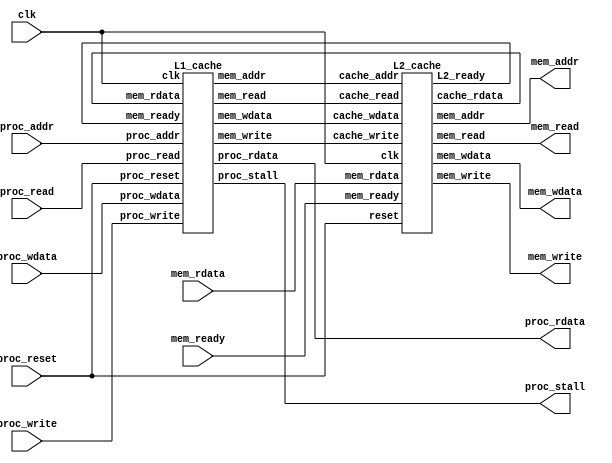
module cache(
    clk,
    proc_reset,
    proc_read,
    proc_write,
    proc_addr,
    proc_rdata,
    proc_wdata,
    proc_stall,
    mem_read,
    mem_write,
    mem_addr,
    mem_rdata,
    mem_wdata,
    mem_ready
);
//==== input/output definition ============================
    input          clk;
    // processor interface
    input          proc_reset;
    input          proc_read, proc_write;
    input   [29:0] proc_addr;
    input   [31:0] proc_wdata;
    output         proc_stall;
    output  [31:0] proc_rdata;
    // memory interface
    input  [127:0] mem_rdata;
    input          mem_ready;
    output         mem_read, mem_write;
    output  [27:0] mem_addr;
    output [127:0] mem_wdata;

//==== wire/reg definition ================================
    wire           L1_read, L1_write;
    wire    [27:0] L1_addr;
    wire   [127:0] L1_wdata;
    wire           L1_ready;
    wire   [127:0] L1_rdata;
    wire           L2_read, L2_write;
    wire    [27:0] L2_addr;
    wire   [127:0] L2_wdata;
    wire           L2_ready;
    wire   [127:0] L2_rdata;

//==== combinational circuit ==============================
    L1_cache L1 (   .clk            (clk)           ,
                    .proc_reset     (proc_reset)    ,
                    .proc_read      (proc_read)     ,
                    .proc_write     (proc_write)    ,
                    .proc_addr      (proc_addr)     ,
                    .proc_rdata     (proc_rdata)    ,
                    .proc_wdata     (proc_wdata)    ,
                    .proc_stall     (proc_stall)    ,
                    .mem_read       (L2_read)       ,
                    .mem_write      (L2_write)      ,
                    .mem_addr       (L2_addr)       ,
                    .mem_rdata      (L2_rdata)      ,
                    .mem_wdata      (L2_wdata)      ,
                    .mem_ready      (L2_ready)
                );
    L2_cache L2 (   .clk            (clk)           ,
                    .reset          (proc_reset)    ,
                    .cache_read     (L1_read)     ,
                    .cache_write    (L1_write)    ,
                    .cache_addr     (L1_addr)     ,
                    .cache_rdata    (L1_rdata)    ,
                    .cache_wdata    (L1_wdata)    ,
                    .L2_ready       (L1_ready)    ,
                    .mem_read       (mem_read)       ,
                    .mem_write      (mem_write)      ,
                    .mem_addr       (mem_addr)       ,
                    .mem_rdata      (mem_rdata)      ,
                    .mem_wdata      (mem_wdata)      ,
                    .mem_ready      (mem_ready)
                );
    assign  L1_read     = L2_read;
    assign  L1_write    = L2_write;
    assign  L1_addr     = L2_addr;
    assign  L2_rdata    = L1_rdata;
    assign  L1_wdata    = L2_wdata;
    assign  L2_ready    = L1_ready;

endmodule

module L1_cache(
    clk,
    proc_reset,
    proc_read,
    proc_write,
    proc_addr,
    proc_rdata,
    proc_wdata,
    proc_stall,
    mem_read,
    mem_write,
    mem_addr,
    mem_rdata,
    mem_wdata,
    mem_ready
);
    
//==== input/output definition ============================
    input          clk;
    // processor interface
    input          proc_reset;
    input          proc_read, proc_write;
    input   [29:0] proc_addr;
    input   [31:0] proc_wdata;
    output         proc_stall;
    output  [31:0] proc_rdata;
    // memory interface
    input  [127:0] mem_rdata;
    input          mem_ready;
    output         mem_read, mem_write;
    output  [27:0] mem_addr;
    output [127:0] mem_wdata;
    
//==== paramterers ================================
    parameter blockSize     = 4 * 32;
    parameter tagSize       = 26;
    parameter validSize     = 1;
    parameter set           = 4;
    parameter way           = 2;

    parameter S_IDLE        = 2'd0;
    parameter S_ALLOCATE    = 2'd1;
    parameter S_WRITE       = 2'd2;

//==== wire/reg definition ================================
    
    reg [1:0] state_r, state_w;
    
    reg [blockSize * way - 1 : 0] store_r [0 : set - 1];
    reg [blockSize * way - 1 : 0] store_w [0 : set - 1];
    
    reg [way - 1 : 0] dirty_r [0 : set - 1];
    reg [way - 1 : 0] dirty_w [0 : set - 1];

    reg [way - 1 : 0] valid_r [0 : set - 1];
    reg [way - 1 : 0] valid_w [0 : set - 1];

    reg [way - 1 : 0] used_r [0 : set - 1];
    reg [way - 1 : 0] used_w [0 : set - 1];

    reg [tagSize * way - 1 : 0]  tag_r [0 : set - 1];
    reg [tagSize * way - 1 : 0]  tag_w [0 : set - 1];

    reg         mem_read_r, mem_read_w;
    reg         mem_write_r, mem_write_w;
    reg [27:0]  mem_addr_r, mem_addr_w;
    reg [127:0] mem_wdata_r, mem_wdata_w;
    
    reg [31:0]  proc_rdata_r, proc_rdata_w;
    reg         proc_stall_r, proc_stall_w; 

    integer i;

    // ===== wires =====
    reg [25:0]  tag_field;
    reg [1:0]   block_id;
    reg [1:0]   block_offset;
    reg         hit_index;
    reg         valid;
    reg         hit0, hit1;
    reg         hit;   
    reg         dirty;

    // ===== input buffers ======
    reg mem_ready_buf;

    assign mem_read     = mem_read_w;
    assign mem_write    = mem_write_w;
    assign mem_addr     = mem_addr_w;
    assign mem_wdata    = mem_wdata_w;

    assign proc_stall   = proc_stall_w;
    assign proc_rdata   = proc_rdata_w;  

//==== combinational circuit ==============================
always @(*) begin
    tag_field       = proc_addr[29:4];
    block_id        = proc_addr[3:2];
    block_offset    = proc_addr[1:0];
    hit0            = valid_r[block_id][0] & (tag_r[block_id][tagSize - 1 -: tagSize] == tag_field);
    hit1            = valid_r[block_id][1] & (tag_r[block_id][2 * tagSize - 1 -: tagSize] == tag_field);
    hit             = hit0 | hit1;
    hit_index       = hit0 ? 1'b0 : 1'b1;
    valid           = valid_r[block_id][hit_index];
    dirty           = dirty_r[block_id][hit_index];
    
    proc_rdata_w    = proc_rdata_r;
    for(i = 0; i < set; i = i + 1) begin
        store_w[i] = store_r[i];
        used_w[i] = used_r[i];
    end
        
    case (state_r)
        S_IDLE: begin
            if(proc_read) begin
                if(hit) begin // read hit !!
                    if(hit_index == 1'b0) begin
                        used_w[block_id][0] = 1'b1;
                        used_w[block_id][1] = 1'b0;
                    end
                    else begin
                        used_w[block_id][0] = 1'b0;
                        used_w[block_id][1] = 1'b1;
                    end

                    if(block_offset == 2'd0)
                        proc_rdata_w = store_r[block_id][31 + blockSize * hit_index -: 32];
                    else if(block_offset == 2'd1)
                        proc_rdata_w = store_r[block_id][63 + blockSize * hit_index -: 32];
                    else if(block_offset == 2'd2)
                        proc_rdata_w = store_r[block_id][95 + blockSize * hit_index -: 32];
                    else
                        proc_rdata_w = store_r[block_id][127 + blockSize * hit_index -: 32];
                end
            end
            else if(proc_write) begin
                if(hit) begin // write hit !!
                    if(hit_index == 1'b0) begin
                        used_w[block_id][0]     = 1'b1;
                        used_w[block_id][1]     = 1'b0;
                    end
                    else begin
                        used_w[block_id][0]     = 1'b0;
                        used_w[block_id][1]     = 1'b1;
                    end

                    if(block_offset == 2'd0)
                        store_w[block_id][31 + blockSize * hit_index -: 32] = proc_wdata;
                    else if(block_offset == 2'd1)
                        store_w[block_id][63 + blockSize * hit_index -: 32] = proc_wdata;
                    else if(block_offset == 2'd2)
                        store_w[block_id][95 + blockSize * hit_index -: 32] = proc_wdata;
                    else
                        store_w[block_id][127 + blockSize * hit_index -: 32] = proc_wdata;
                end
            end
        end
        S_ALLOCATE: begin
            if(mem_ready_buf) begin
                if(proc_read) begin // read operation
                    if(used_r[block_id][0]) begin
                        store_w[block_id][2 * blockSize - 1 -: 128]   = mem_rdata;
                        used_w[block_id][0] = 1'b0;
                        used_w[block_id][1] = 1'b1;
                    end
                    else begin
                        store_w[block_id][blockSize - 1 -: 128]   = mem_rdata;
                        used_w[block_id][0] = 1'b1;
                        used_w[block_id][1] = 1'b0;
                    end

                    if(block_offset == 2'd0)
                        proc_rdata_w        = mem_rdata[31:0];
                    else if(block_offset == 2'd1)
                        proc_rdata_w        = mem_rdata[63:32];
                    else if(block_offset == 2'd2)
                        proc_rdata_w        = mem_rdata[95:64];
                    else
                        proc_rdata_w        = mem_rdata[127:96];
                end
                else begin // write operation
                    if(used_r[block_id][0]) begin
                        used_w[block_id][0] = 1'b0;
                        used_w[block_id][1] = 1'b1;
                        if(block_offset == 2'd0) begin
                            store_w[block_id][31 + blockSize -: 32]     = proc_wdata;
                            store_w[block_id][127 + blockSize -: 96]   = mem_rdata[127:32];
                        end
                        else if(block_offset == 2'd1) begin
                            store_w[block_id][63 + blockSize -: 32]    = proc_wdata;
                            store_w[block_id][31 + blockSize -: 32]     = mem_rdata[31:0];
                            store_w[block_id][127 + blockSize -: 64]   = mem_rdata[127:64];
                        end
                        else if(block_offset == 2'd2) begin
                            store_w[block_id][95 + blockSize -: 32]    = proc_wdata;
                            store_w[block_id][63 + blockSize -: 64]     = mem_rdata[63:0];
                            store_w[block_id][127 + blockSize -: 32]   = mem_rdata[127:96];
                        end                        
                        else begin
                            store_w[block_id][127 + blockSize -: 32]   = proc_wdata;
                            store_w[block_id][95 + blockSize -: 96]     = mem_rdata[95:0];
                        end
                    end
                    else begin
                        used_w[block_id][0] = 1'b1;
                        used_w[block_id][1] = 1'b0;
                        if(block_offset == 2'd0) begin
                            store_w[block_id][31:0]     = proc_wdata;
                            store_w[block_id][127:32]   = mem_rdata[127:32];
                        end
                        else if(block_offset == 2'd1) begin
                            store_w[block_id][63:32]    = proc_wdata;
                            store_w[block_id][31:0]     = mem_rdata[31:0];
                            store_w[block_id][127:64]   = mem_rdata[127:64];
                        end
                        else if(block_offset == 2'd2) begin
                            store_w[block_id][95:64]    = proc_wdata;
                            store_w[block_id][63:0]     = mem_rdata[63:0];
                            store_w[block_id][127:96]   = mem_rdata[127:96];
                        end                        
                        else begin
                            store_w[block_id][127:96]   = proc_wdata;
                            store_w[block_id][95:0]     = mem_rdata[95:0];
                        end
                    end
                    
                end
            end
        end
    endcase
end
// ========== valid bit ============ //
always @(*) begin
    for(i = 0; i < set; i = i + 1) begin
        valid_w[i] = valid_r[i];
        dirty_w[i] = dirty_r[i];
        tag_w[i] = tag_r[i];
    end
    case (state_r)
        S_IDLE: begin
            if(proc_write && hit) begin
                dirty_w[block_id][hit_index] = 1'b1;
            end
        end
        S_ALLOCATE: begin
            if(mem_ready_buf) begin
                if(used_r[block_id][0]) begin
                    valid_w[block_id][1]   = 1'b1;
                    tag_w[block_id][2 * tagSize - 1 -: tagSize] = tag_field;
                    if(proc_read)
                        dirty_w[block_id][1]   = 1'b0;
                    else
                        dirty_w[block_id][1]   = 1'b1;    
                end
                else begin
                    valid_w[block_id][0]   = 1'b1;
                    tag_w[block_id][1 * tagSize - 1 -: tagSize] = tag_field;
                    if(proc_read)
                        dirty_w[block_id][0]   = 1'b0;
                    else
                        dirty_w[block_id][0]   = 1'b1;
                end
            end
        end
    endcase
end
// ========== memory logic ============ //
always @(*) begin
    mem_write_w         = mem_write_r;
    mem_wdata_w         = mem_wdata_r;
    mem_read_w          = mem_read_r;
    mem_addr_w          = mem_addr_r;    
    case (state_r)
        S_IDLE: begin
            if((proc_read || proc_write) && !hit) begin
                if(dirty) begin
                    mem_write_w         = 1'b1;
                    mem_read_w          = 1'b0;
                    
                    if(used_r[block_id][0]) begin
                        mem_wdata_w         = store_r[block_id][2 * blockSize - 1 -: 128];
                        mem_addr_w          = {tag_r[block_id][2 * tagSize - 1 -: tagSize], block_id};
                    end
                    else begin
                        mem_wdata_w         = store_r[block_id][blockSize - 1 -: 128];
                        mem_addr_w          = {tag_r[block_id][tagSize - 1 -: tagSize], block_id};
                    end
                end
                else begin
                    mem_write_w         = 1'b0;
                    mem_wdata_w         = mem_wdata_r;
                    mem_read_w          = 1'b1;
                    mem_addr_w          = proc_addr[29:2];    
                end
            end
            else begin
                mem_write_w         = 1'b0;
                mem_wdata_w         = mem_wdata_r;
                mem_read_w          = 1'b0;
                mem_addr_w          = mem_addr_r;
            end
        end
        S_WRITE: begin
            if(mem_ready_buf) begin
                mem_write_w         = 1'b0;
                mem_wdata_w         = mem_wdata_r;
                mem_read_w          = 1'b1;
                mem_addr_w          = proc_addr[29:2];
            end
            else begin
                mem_write_w         = 1'b1;
                mem_wdata_w         = mem_wdata_r;
                mem_read_w          = 1'b0;
                mem_addr_w          = mem_addr_r;
            end
        end
        S_ALLOCATE: begin
            if(mem_ready_buf) begin
                mem_write_w         = 1'b0;
                mem_wdata_w         = mem_wdata_r;
                mem_read_w          = 1'b0;
                mem_addr_w          = mem_addr_r;
            end
            else begin
                mem_write_w         = 1'b0;
                mem_wdata_w         = mem_wdata_r;
                mem_read_w          = 1'b1;
                mem_addr_w          = mem_addr_r;
            end
        end
    endcase
end
// =========== state logic ============= //
always @(*) begin
    state_w = state_r;
    case (state_r)
        S_IDLE: begin
            if(proc_read || proc_write) begin
                if(hit) //  read/write hit !!
                    state_w      = S_IDLE;
                else begin
                    if(dirty)  // block dirty -> write back
                        state_w             = S_WRITE;
                    else                   // block clean -> allocate memory
                        state_w             = S_ALLOCATE;
                end
            end
            else begin
                state_w     = S_IDLE;  
            end
        end
        S_WRITE: begin
            if(mem_ready_buf)
                state_w     = S_ALLOCATE;
            else
                state_w     = S_WRITE;
        end
        S_ALLOCATE: begin
            if(mem_ready_buf)
                state_w     = S_IDLE;
            else
                state_w     = S_ALLOCATE;
        end
    endcase
end
// ========= pcocessor stall logic ========= //
always @(*) begin
    proc_stall_w = proc_stall_r;
    case (state_r)
        S_IDLE: begin
            if(proc_read || proc_write) begin
                if(hit) //  read/write hit !!
                    proc_stall_w    = 1'b0;
                else 
                    proc_stall_w    = 1'b1;
            end
            else begin
                proc_stall_w    = 1'b0;
            end
        end
        S_WRITE: begin
            proc_stall_w    = 1'b1;
        end
        S_ALLOCATE: begin
            if(mem_ready_buf)
                proc_stall_w    = 1'b0;
            else
                proc_stall_w    = 1'b1;
        end
    endcase
end

//==== sequential circuit =================================
always@( posedge clk ) begin
    if( proc_reset ) begin
        for(i = 0; i < set; i = i + 1) begin
            store_r[i]  <= {way{128'd0}};
            tag_r[i]    <= {way{26'd0}};
            valid_r[i]  <= {way{1'b0}};
            dirty_r[i]  <= {way{1'b0}};
            used_r[i]   <= {way{1'b0}};
        end
        state_r         <= S_IDLE;
        mem_read_r      <= 1'b0;
        mem_write_r     <= 1'b0;
        mem_wdata_r     <= 128'd0;
        mem_addr_r      <= 28'd0;
        proc_rdata_r    <= 32'd0;
        proc_stall_r    <= 1'b0;
        mem_ready_buf   <= 1'b0;
    end
    else begin
        for(i = 0; i < set; i = i + 1) begin
            store_r[i]  <= store_w[i];
            tag_r[i]    <= tag_w[i];
            valid_r[i]  <= valid_w[i];
            dirty_r[i]  <= dirty_w[i];
            used_r[i]   <= used_w[i];
        end
        state_r         <= state_w;
        mem_read_r      <= mem_read_w;
        mem_write_r     <= mem_write_w;
        mem_wdata_r     <= mem_wdata_w;
        mem_addr_r      <= mem_addr_w;
        proc_rdata_r    <= proc_rdata_w;
        proc_stall_r    <= proc_stall_w;
        mem_ready_buf   <= mem_ready;
    end
end

endmodule

module L2_cache(
    clk,
    reset,
    cache_read,
    cache_write,
    cache_addr,
    cache_rdata,
    cache_wdata,
    L2_ready,
    mem_read,
    mem_write,
    mem_addr,
    mem_rdata,
    mem_wdata,
    mem_ready
);
    parameter L1_WIDTH      = 128;
    parameter L1_ADDR_SIZE  = 28;
    parameter L2_BLOCK      = 16;
    parameter L2_WIDTH      = 128;
    parameter L2_TAG        = 24;
    parameter MEM_ADDR_SIZE = 28;
    parameter ASSO          = 2;
    
//==== input/output definition ============================
    input                       clk;
    input                       reset;
    // cache interface
    input                       cache_read, cache_write;
    input   [L1_ADDR_SIZE-1:0]  cache_addr;
    input   [L1_WIDTH-1:0]      cache_wdata;
    output                      L2_ready;
    output  [L1_WIDTH-1:0]      cache_rdata;
    // memory interface
    input  [L2_WIDTH-1:0]       mem_rdata;
    input                       mem_ready;
    output                      mem_read, mem_write;
    output [MEM_ADDR_SIZE-1:0]  mem_addr;
    output [L2_WIDTH-1:0]       mem_wdata;
    
//==== wire/reg definition ================================
    reg [L2_WIDTH-1:0]      cache_r     [0:L2_BLOCK*ASSO-1];
    reg [L2_WIDTH-1:0]      cache_w     [0:L2_BLOCK*ASSO-1];
    reg [L2_TAG-1:0]        tag_r       [0:L2_BLOCK*ASSO-1];
    reg [L2_TAG-1:0]        tag_w       [0:L2_BLOCK*ASSO-1];
    reg [L2_BLOCK*ASSO-1:0] valid_r;
    reg [L2_BLOCK*ASSO-1:0] valid_w;
    reg [L1_WIDTH-1:0]      cache_rd_r;
    reg [L1_WIDTH-1:0]      cache_rd_w;
    reg [L2_WIDTH-1:0]      mem_wd;
    reg [MEM_ADDR_SIZE-1:0] mem_add;
    reg                     hit1, hit2;
    reg                     valid1, valid2;
    reg                     ready;
    reg                     mem_r;
    reg                     mem_w;
    reg [1:0]               state, nxt_state;
    reg [L2_BLOCK*ASSO-1:0] cnt;
    reg [L2_BLOCK*ASSO-1:0] nxt_cnt;

//==== parameter ==========================================
localparam CompareTag   = 2'd0;
localparam Allocate     = 2'd1;
localparam WriteThrough = 2'd2;

//==== finite state machine ===============================
always @(posedge clk) begin
    if(reset)
        state <= CompareTag;
    else
        state <= nxt_state;
end
always @(*) begin
    nxt_state = CompareTag;
    case(state)
    CompareTag : begin
        if(~(cache_read|cache_write))begin
            nxt_state = CompareTag;
        end
        else if((valid1&hit1)|(valid2&hit2))begin
            if (cache_read)
                nxt_state = CompareTag;
            else
                nxt_state = WriteThrough;
        end
        else
            nxt_state = Allocate;
    end
    Allocate : begin
        if(mem_ready)
                nxt_state = CompareTag;
        else
            nxt_state = Allocate;
    end
    WriteThrough : begin
        if(mem_ready)
            nxt_state = CompareTag;
        else
            nxt_state = WriteThrough;
    end
    default : nxt_state = CompareTag;
    endcase
end

//==== combinational circuit ==============================
assign L2_ready  = ready;
assign cache_rdata  = cache_rd_r;
assign mem_addr     = mem_add;
assign mem_wdata    = mem_wd;
assign mem_read     = mem_r;
assign mem_write    = mem_w;
integer i;

always @(*) begin
    mem_wd   = 128'd0;
    mem_add     = 28'd0;
    ready       = 1'b0;
    mem_r       = 1'b0;
    mem_w       = 1'b0;
    hit1        = 1'b0;
    valid1      = 1'b0;
    hit2        = 1'b0;
    valid2      = 1'b0;
    cache_rd_w  = cache_rd_r;
    for (i = 0; i < L2_BLOCK*ASSO; i = i + 1)begin
        cache_w[i]  = cache_r[i];
        valid_w[i]  = valid_r[i];
        tag_w[i]    = tag_r[i];
        nxt_cnt[i]  = cnt[i];
    end
    case(cache_addr[3:0])
        4'd0 : begin
            hit1    = (cache_addr[27:4] == tag_r[0]);
            valid1  = valid_r[0];
            hit2    = (cache_addr[27:4] == tag_r[1]);
            valid2  = valid_r[1];
        end
        4'd1 : begin
            hit1    = (cache_addr[27:4] == tag_r[2]);
            valid1  = valid_r[2];
            hit2    = (cache_addr[27:4] == tag_r[3]);
            valid2  = valid_r[3];
        end
        4'd2 : begin
            hit1    = (cache_addr[27:4] == tag_r[4]);
            valid1  = valid_r[4];
            hit2    = (cache_addr[27:4] == tag_r[5]);
            valid2  = valid_r[5];
        end
        4'd3 : begin
            hit1    = (cache_addr[27:4] == tag_r[6]);
            valid1  = valid_r[6];
            hit2    = (cache_addr[27:4] == tag_r[7]);
            valid2  = valid_r[7];
        end
        4'd4 : begin
            hit1    = (cache_addr[27:4] == tag_r[8]);
            valid1  = valid_r[8];
            hit2    = (cache_addr[27:4] == tag_r[9]);
            valid2  = valid_r[9];
        end
        4'd5 : begin
            hit1    = (cache_addr[27:4] == tag_r[10]);
            valid1  = valid_r[10];
            hit2    = (cache_addr[27:4] == tag_r[11]);
            valid2  = valid_r[11];
        end
        4'd6 : begin
            hit1    = (cache_addr[27:4] == tag_r[12]);
            valid1  = valid_r[12];
            hit2    = (cache_addr[27:4] == tag_r[13]);
            valid2  = valid_r[13];
        end
        4'd7 : begin
            hit1    = (cache_addr[27:4] == tag_r[14]);
            valid1  = valid_r[14];
            hit2    = (cache_addr[27:4] == tag_r[15]);
            valid2  = valid_r[15];
        end
        4'd8 : begin
            hit1    = (cache_addr[27:4] == tag_r[16]);
            valid1  = valid_r[16];
            hit2    = (cache_addr[27:4] == tag_r[17]);
            valid2  = valid_r[17];
        end
        4'd9 : begin
            hit1    = (cache_addr[27:4] == tag_r[18]);
            valid1  = valid_r[18];
            hit2    = (cache_addr[27:4] == tag_r[19]);
            valid2  = valid_r[19];
        end
        4'd10 : begin
            hit1    = (cache_addr[27:4] == tag_r[20]);
            valid1  = valid_r[20];
            hit2    = (cache_addr[27:4] == tag_r[21]);
            valid2  = valid_r[21];
        end
        4'd11 : begin
            hit1    = (cache_addr[27:4] == tag_r[22]);
            valid1  = valid_r[22];
            hit2    = (cache_addr[27:4] == tag_r[23]);
            valid2  = valid_r[23];
        end
        4'd12 : begin
            hit1    = (cache_addr[27:4] == tag_r[24]);
            valid1  = valid_r[24];
            hit2    = (cache_addr[27:4] == tag_r[25]);
            valid2  = valid_r[25];
        end
        4'd13 : begin
            hit1    = (cache_addr[27:4] == tag_r[26]);
            valid1  = valid_r[26];
            hit2    = (cache_addr[27:4] == tag_r[27]);
            valid2  = valid_r[27];
        end
        4'd14 : begin
            hit1    = (cache_addr[27:4] == tag_r[28]);
            valid1  = valid_r[28];
            hit2    = (cache_addr[27:4] == tag_r[29]);
            valid2  = valid_r[29];
        end
        4'd15 : begin
            hit1    = (cache_addr[27:4] == tag_r[30]);
            valid1  = valid_r[30];
            hit2    = (cache_addr[27:4] == tag_r[31]);
            valid2  = valid_r[31];
        end
        default : begin
            hit1    = 1'b0;
            valid1  = 1'b0;
            hit2    = 1'b0;
            valid2  = 1'b0;
        end
    endcase
    if(state == CompareTag)begin
    if(valid1&hit1)begin
        case(cache_addr[3:0])
            4'd0 : begin
                nxt_cnt[0] = 1'b0;
                nxt_cnt[1] = 1'b1;
            end
            4'd1 : begin
                nxt_cnt[2] = 1'b0;
                nxt_cnt[3] = 1'b1;
            end
            4'd2 : begin
                nxt_cnt[4] = 1'b0;
                nxt_cnt[5] = 1'b1;
            end
            4'd3 : begin
                nxt_cnt[6] = 1'b0;
                nxt_cnt[7] = 1'b1;
            end
            4'd4 : begin
                nxt_cnt[8] = 1'b0;
                nxt_cnt[9] = 1'b1;
            end
            4'd5 : begin
                nxt_cnt[10] = 1'b0;
                nxt_cnt[11] = 1'b1;
            end
            4'd6 : begin
                nxt_cnt[12] = 1'b0;
                nxt_cnt[13] = 1'b1;
            end
            4'd7 : begin
                nxt_cnt[14] = 1'b0;
                nxt_cnt[15] = 1'b1;
            end
            4'd8 : begin
                nxt_cnt[16] = 1'b0;
                nxt_cnt[17] = 1'b1;
            end
            4'd9 : begin
                nxt_cnt[18] = 1'b0;
                nxt_cnt[19] = 1'b1;
            end
            4'd10 : begin
                nxt_cnt[20] = 1'b0;
                nxt_cnt[21] = 1'b1;
            end
            4'd11 : begin
                nxt_cnt[22] = 1'b0;
                nxt_cnt[23] = 1'b1;
            end
            4'd12 : begin
                nxt_cnt[24] = 1'b0;
                nxt_cnt[25] = 1'b1;
            end
            4'd13 : begin
                nxt_cnt[26] = 1'b0;
                nxt_cnt[27] = 1'b1;
            end
            4'd14 : begin
                nxt_cnt[28] = 1'b0;
                nxt_cnt[29] = 1'b1;
            end
            4'd15 : begin
                nxt_cnt[30] = 1'b0;
                nxt_cnt[31] = 1'b1;
            end
            default : nxt_cnt[0] = cnt[0];
        endcase
        if(cache_read)begin
            ready = 1'b1;
            case(cache_addr[3:0])
                4'd0 : begin
                    cache_rd_w= cache_r[0];
                end
                4'd1 : begin
                    cache_rd_w= cache_r[2];
                end
                4'd2 : begin
                    cache_rd_w= cache_r[4];
                end
                4'd3 : begin
                    cache_rd_w= cache_r[6];
                end
                4'd4 : begin
                    cache_rd_w= cache_r[8];
                end
                4'd5 : begin
                    cache_rd_w= cache_r[10];
                end
                4'd6 : begin
                    cache_rd_w= cache_r[12];
                end
                4'd7 : begin
                    cache_rd_w= cache_r[14];
                end
                4'd8 : begin
                    cache_rd_w= cache_r[16];
                end
                4'd9 : begin
                    cache_rd_w= cache_r[18];
                end
                4'd10 : begin
                    cache_rd_w= cache_r[20];
                end
                4'd11 : begin
                    cache_rd_w= cache_r[22];
                end
                4'd12 : begin
                    cache_rd_w= cache_r[24];
                end
                4'd13 : begin
                    cache_rd_w= cache_r[26];
                end
                4'd14 : begin
                    cache_rd_w= cache_r[28];
                end
                4'd15 : begin
                    cache_rd_w= cache_r[30];
                end
                default : cache_rd_w= 128'b0;
            endcase
        end
        else if(cache_write)begin
            ready = 1'b0;   
            case(cache_addr[3:0])
                4'd0 : begin
                    cache_w[0] = cache_wdata;
                end
                4'd1 : begin
                    cache_w[2] = cache_wdata;
                end
                4'd2 : begin
                    cache_w[4] = cache_wdata;
                end
                4'd3 : begin
                    cache_w[6] = cache_wdata;
                end
                4'd4 : begin
                    cache_w[8] = cache_wdata;
                end
                4'd5 : begin
                    cache_w[10] = cache_wdata;
                end
                4'd6 : begin
                    cache_w[12] = cache_wdata;
                end
                4'd7 : begin
                    cache_w[14] = cache_wdata;
                end
                4'd8 : begin
                    cache_w[16] = cache_wdata;
                end
                4'd9 : begin
                    cache_w[18] = cache_wdata;
                end
                4'd10 : begin
                    cache_w[20] = cache_wdata;
                end
                4'd11 : begin
                    cache_w[22] = cache_wdata;
                end
                4'd12 : begin
                    cache_w[24] = cache_wdata;
                end
                4'd13 : begin
                    cache_w[26] = cache_wdata;
                end
                4'd14 : begin
                    cache_w[28] = cache_wdata;
                end
                4'd15 : begin
                    cache_w[30] = cache_wdata;
                end
                default : cache_w[0] = cache_r[0];
            endcase
        end
    end
    else if(valid2&hit2)begin
        case(cache_addr[3:0])
            4'd0 : begin
                nxt_cnt[0] = 1'b1;
                nxt_cnt[1] = 1'b0;
            end
            4'd1 : begin
                nxt_cnt[2] = 1'b1;
                nxt_cnt[3] = 1'b0;
            end
            4'd2 : begin
                nxt_cnt[4] = 1'b1;
                nxt_cnt[5] = 1'b0;
            end
            4'd3 : begin
                nxt_cnt[6] = 1'b1;
                nxt_cnt[7] = 1'b0;
            end
            4'd4 : begin
                nxt_cnt[8] = 1'b1;
                nxt_cnt[9] = 1'b0;
            end
            4'd5 : begin
                nxt_cnt[10] = 1'b1;
                nxt_cnt[11] = 1'b0;
            end
            4'd6 : begin
                nxt_cnt[12] = 1'b1;
                nxt_cnt[13] = 1'b0;
            end
            4'd7 : begin
                nxt_cnt[14] = 1'b1;
                nxt_cnt[15] = 1'b0;
            end
            4'd8 : begin
                nxt_cnt[16] = 1'b1;
                nxt_cnt[17] = 1'b0;
            end
            4'd9 : begin
                nxt_cnt[18] = 1'b1;
                nxt_cnt[19] = 1'b0;
            end
            4'd10 : begin
                nxt_cnt[20] = 1'b1;
                nxt_cnt[21] = 1'b0;
            end
            4'd11 : begin
                nxt_cnt[22] = 1'b1;
                nxt_cnt[23] = 1'b0;
            end
            4'd12 : begin
                nxt_cnt[24] = 1'b1;
                nxt_cnt[25] = 1'b0;
            end
            4'd13 : begin
                nxt_cnt[26] = 1'b1;
                nxt_cnt[27] = 1'b0;
            end
            4'd14 : begin
                nxt_cnt[28] = 1'b1;
                nxt_cnt[29] = 1'b0;
            end
            4'd15 : begin
                nxt_cnt[30] = 1'b1;
                nxt_cnt[31] = 1'b0;
            end
            default : nxt_cnt[0] = cnt[0];
        endcase
        if(cache_read)begin
            ready = 1'b1;
            case(cache_addr[3:0])
                4'd0 : begin
                    cache_rd_w = cache_r[1];
                end
                4'd1 : begin
                    cache_rd_w = cache_r[3];
                end
                4'd2 : begin
                    cache_rd_w = cache_r[5];
                end
                4'd3 : begin
                    cache_rd_w = cache_r[7];
                end
                4'd4 : begin
                    cache_rd_w = cache_r[9];
                end
                4'd5 : begin
                    cache_rd_w = cache_r[11];
                end
                4'd6 : begin
                    cache_rd_w = cache_r[13];
                end
                4'd7 : begin
                    cache_rd_w = cache_r[15];
                end
                4'd8 : begin
                    cache_rd_w = cache_r[17];
                end
                4'd9 : begin
                    cache_rd_w = cache_r[19];
                end
                4'd10 : begin
                    cache_rd_w = cache_r[21];
                end
                4'd11 : begin
                    cache_rd_w = cache_r[23];
                end
                4'd12 : begin
                    cache_rd_w = cache_r[25];
                end
                4'd13 : begin
                    cache_rd_w = cache_r[27];
                end
                4'd14 : begin
                    cache_rd_w = cache_r[29];
                end
                4'd15 : begin
                    cache_rd_w = cache_r[31];
                end
                default : cache_rd_w = 128'b0;
            endcase
        end
        if(cache_write)begin
            ready = 1'b0;
            case(cache_addr[3:0])
                4'd0 : begin
                    cache_w[1] = cache_wdata;
                end
                4'd1 : begin
                    cache_w[3] = cache_wdata;
                end
                4'd2 : begin
                    cache_w[5] = cache_wdata;
                end
                4'd3 : begin
                    cache_w[7] = cache_wdata;
                end
                4'd4 : begin
                    cache_w[9] = cache_wdata;
                end
                4'd5 : begin
                    cache_w[11] = cache_wdata;
                end
                4'd6 : begin
                    cache_w[13] = cache_wdata;
                end
                4'd7 : begin
                    cache_w[15] = cache_wdata;
                end
                4'd8 : begin
                    cache_w[17] = cache_wdata;
                end
                4'd9 : begin
                    cache_w[19] = cache_wdata;
                end
                4'd10 : begin
                    cache_w[21] = cache_wdata;
                end
                4'd11 : begin
                    cache_w[23] = cache_wdata;
                end
                4'd12 : begin
                    cache_w[25] = cache_wdata;
                end
                4'd13 : begin
                    cache_w[27] = cache_wdata;
                end
                4'd14 : begin
                    cache_w[29] = cache_wdata;
                end
                4'd15 : begin
                    cache_w[31] = cache_wdata;
                end
                default : cache_w[0] = cache_r[0];
            endcase
        end
    end
    else begin
        mem_r = 1'b1;
        mem_w = 1'b0;
        mem_add = cache_addr;
        ready = 1'b0;
    end
    end
    else if(state == Allocate)begin
        ready = 1'b0;
        if(mem_ready)begin
            case(cache_addr[3:0])
            4'd0 : begin
                if(cnt[0])begin
                    cache_w[0] = mem_rdata;
                    tag_w[0] = cache_addr[27:4];
                    valid_w[0] = 1'b1;
                end
                else begin
                    cache_w[1] = mem_rdata;
                    tag_w[1] = cache_addr[27:4];
                    valid_w[1] = 1'b1;
                end
            end
            4'd1 : begin
                if(cnt[2])begin
                    cache_w[2] = mem_rdata;
                    tag_w[2] = cache_addr[27:4];
                    valid_w[2] = 1'b1;
                end
                else begin
                    cache_w[3] = mem_rdata;
                    tag_w[3] = cache_addr[27:4];
                    valid_w[3] = 1'b1;
                end
            end
            4'd2 : begin
                if(cnt[4])begin
                    cache_w[4] = mem_rdata;
                    tag_w[4] = cache_addr[27:4];
                    valid_w[4] = 1'b1;
                end
                else begin
                    cache_w[5] = mem_rdata;
                    tag_w[5] = cache_addr[27:4];
                    valid_w[5] = 1'b1;
                end
            end
            4'd3 : begin
                if(cnt[6])begin
                    cache_w[6] = mem_rdata;
                    tag_w[6] = cache_addr[27:4];
                    valid_w[6] = 1'b1;
                end
                else begin
                    cache_w[7] = mem_rdata;
                    tag_w[7] = cache_addr[27:4];
                    valid_w[7] = 1'b1;
                end
            end
            4'd4 : begin
                if(cnt[8])begin
                    cache_w[8] = mem_rdata;
                    tag_w[8] = cache_addr[27:4];
                    valid_w[8] = 1'b1;
                end
                else begin
                    cache_w[9] = mem_rdata;
                    tag_w[9] = cache_addr[27:4];
                    valid_w[9] = 1'b1;
                end
            end
            4'd5 : begin
                if(cnt[10])begin
                    cache_w[10] = mem_rdata;
                    tag_w[10] = cache_addr[27:4];
                    valid_w[10] = 1'b1;
                end
                else begin
                    cache_w[11] = mem_rdata;
                    tag_w[11] = cache_addr[27:4];
                    valid_w[11] = 1'b1;
                end
            end
            4'd6 : begin
                if(cnt[12])begin
                    cache_w[12] = mem_rdata;
                    tag_w[12] = cache_addr[27:4];
                    valid_w[12] = 1'b1;
                end
                else begin
                    cache_w[13] = mem_rdata;
                    tag_w[13] = cache_addr[27:4];
                    valid_w[13] = 1'b1;
                end
            end
            4'd7 : begin
                if(cnt[14])begin
                    cache_w[14] = mem_rdata;
                    tag_w[14] = cache_addr[27:4];
                    valid_w[14] = 1'b1;
                end
                else begin
                    cache_w[15] = mem_rdata;
                    tag_w[15] = cache_addr[27:4];
                    valid_w[15] = 1'b1;
                end
            end
            4'd8 : begin
                if(cnt[16])begin
                    cache_w[16] = mem_rdata;
                    tag_w[16] = cache_addr[27:4];
                    valid_w[16] = 1'b1;
                end
                else begin
                    cache_w[17] = mem_rdata;
                    tag_w[17] = cache_addr[27:4];
                    valid_w[17] = 1'b1;
                end
            end
            4'd9 : begin
                if(cnt[18])begin
                    cache_w[18] = mem_rdata;
                    tag_w[18] = cache_addr[27:4];
                    valid_w[18] = 1'b1;
                end
                else begin
                    cache_w[19] = mem_rdata;
                    tag_w[19] = cache_addr[27:4];
                    valid_w[19] = 1'b1;
                end
            end
            4'd10 : begin
                if(cnt[20])begin
                    cache_w[20] = mem_rdata;
                    tag_w[20] = cache_addr[27:4];
                    valid_w[20] = 1'b1;
                end
                else begin
                    cache_w[21] = mem_rdata;
                    tag_w[21] = cache_addr[27:4];
                    valid_w[21] = 1'b1;
                end
            end
            4'd11 : begin
                if(cnt[22])begin
                    cache_w[22] = mem_rdata;
                    tag_w[22] = cache_addr[27:4];
                    valid_w[22] = 1'b1;
                end
                else begin
                    cache_w[23] = mem_rdata;
                    tag_w[23] = cache_addr[27:4];
                    valid_w[23] = 1'b1;
                end
            end
            4'd12 : begin
                if(cnt[24])begin
                    cache_w[24] = mem_rdata;
                    tag_w[24] = cache_addr[27:4];
                    valid_w[24] = 1'b1;
                end
                else begin
                    cache_w[25] = mem_rdata;
                    tag_w[25] = cache_addr[27:4];
                    valid_w[25] = 1'b1;
                end
            end
            4'd13 : begin
                if(cnt[26])begin
                    cache_w[26] = mem_rdata;
                    tag_w[26] = cache_addr[27:4];
                    valid_w[26] = 1'b1;
                end
                else begin
                    cache_w[27] = mem_rdata;
                    tag_w[27] = cache_addr[27:4];
                    valid_w[27] = 1'b1;
                end
            end
            4'd14 : begin
                if(cnt[28])begin
                    cache_w[28] = mem_rdata;
                    tag_w[28] = cache_addr[27:4];
                    valid_w[28] = 1'b1;
                end
                else begin
                    cache_w[29] = mem_rdata;
                    tag_w[29] = cache_addr[27:4];
                    valid_w[29] = 1'b1;
                end
            end
            4'd15 : begin
                if(cnt[30])begin
                    cache_w[30] = mem_rdata;
                    tag_w[30] = cache_addr[27:4];
                    valid_w[30] = 1'b1;
                end
                else begin
                    cache_w[31] = mem_rdata;
                    tag_w[31] = cache_addr[27:4];
                    valid_w[31] = 1'b1;
                end
            end
            default : begin
                cache_w[0] = cache_r[0];
                tag_w[0] = tag_r[0];
                valid_w[0] = 1'b0;
            end
            endcase
        end
        else begin
            mem_r = 1'b1;
            mem_w = 1'b0;
            mem_add = cache_addr;
            ready = 1'b0;
        end
    end
    else begin
        if(~mem_ready)begin
            mem_r = 1'b0;
            mem_w = 1'b1;
            ready = 1'b0;
            case(cache_addr[3:2])
                4'd0 : begin
                    mem_add = (valid1&hit1)?{tag_r[0], 4'd0}:{tag_r[1], 4'd0};
                    mem_wd = (valid1&hit1)?cache_r[0]:cache_r[1];
                end
                4'd1 : begin
                    mem_add = (valid1&hit1)?{tag_r[2], 4'd1}:{tag_r[3], 4'd1};
                    mem_wd = (valid1&hit1)?cache_r[2]:cache_r[3];
                end
                4'd2 : begin
                    mem_add = (valid1&hit1)?{tag_r[4], 4'd2}:{tag_r[5], 4'd2};
                    mem_wd = (valid1&hit1)?cache_r[4]:cache_r[5];
                end
                4'd3 : begin
                    mem_add = (valid1&hit1)?{tag_r[6], 4'd3}:{tag_r[7], 4'd3};
                    mem_wd = (valid1&hit1)?cache_r[6]:cache_r[7];
                end
                4'd4 : begin
                    mem_add = (valid1&hit1)?{tag_r[8], 4'd4}:{tag_r[9], 4'd4};
                    mem_wd = (valid1&hit1)?cache_r[8]:cache_r[9];
                end
                4'd5 : begin
                    mem_add = (valid1&hit1)?{tag_r[10], 4'd5}:{tag_r[11], 4'd5};
                    mem_wd = (valid1&hit1)?cache_r[10]:cache_r[11];
                end
                4'd6 : begin
                    mem_add = (valid1&hit1)?{tag_r[12], 4'd6}:{tag_r[13], 4'd6};
                    mem_wd = (valid1&hit1)?cache_r[12]:cache_r[13];
                end
                4'd7 : begin
                    mem_add = (valid1&hit1)?{tag_r[14], 4'd7}:{tag_r[15], 4'd7};
                    mem_wd = (valid1&hit1)?cache_r[14]:cache_r[15];
                end
                4'd8 : begin
                    mem_add = (valid1&hit1)?{tag_r[16], 4'd8}:{tag_r[17], 4'd8};
                    mem_wd = (valid1&hit1)?cache_r[16]:cache_r[17];
                end
                4'd9 : begin
                    mem_add = (valid1&hit1)?{tag_r[18], 4'd9}:{tag_r[19], 4'd9};
                    mem_wd = (valid1&hit1)?cache_r[18]:cache_r[19];
                end
                4'd10 : begin
                    mem_add = (valid1&hit1)?{tag_r[20], 4'd10}:{tag_r[21], 4'd10};
                    mem_wd = (valid1&hit1)?cache_r[20]:cache_r[21];
                end
                4'd11 : begin
                    mem_add = (valid1&hit1)?{tag_r[22], 4'd11}:{tag_r[23], 4'd11};
                    mem_wd = (valid1&hit1)?cache_r[22]:cache_r[23];
                end
                4'd12 : begin
                    mem_add = (valid1&hit1)?{tag_r[24], 4'd12}:{tag_r[25], 4'd12};
                    mem_wd = (valid1&hit1)?cache_r[24]:cache_r[25];
                end
                4'd13 : begin
                    mem_add = (valid1&hit1)?{tag_r[26], 4'd13}:{tag_r[27], 4'd13};
                    mem_wd = (valid1&hit1)?cache_r[26]:cache_r[27];
                end
                4'd14 : begin
                    mem_add = (valid1&hit1)?{tag_r[28], 4'd14}:{tag_r[29], 4'd14};
                    mem_wd = (valid1&hit1)?cache_r[28]:cache_r[29];
                end
                4'd15 : begin
                    mem_add = (valid1&hit1)?{tag_r[31], 4'd15}:{tag_r[31], 4'd15};
                    mem_wd = (valid1&hit1)?cache_r[31]:cache_r[31];
                end
                default : begin
                    mem_add = 28'd0;
                    mem_wd = 128'd0;
                end
            endcase
        end
        else begin
            ready = 1'b1;
        end
    end
end

//==== sequential circuit =================================
always@( posedge clk ) begin
    cache_rd_r <= cache_rd_w;
    for (i = 0; i < L2_BLOCK*ASSO; i = i + 1)begin
        cache_r[i] <= cache_w[i];
        tag_r[i] <= tag_w[i];
    end
    if( reset ) begin
        cache_rd_r <= 128'd0;
        for (i = 0; i < L2_BLOCK*ASSO; i = i + 1)begin
            valid_r[i] <= 1'b0;
            cnt[i] <= 1'b0;
        end
    end
    else begin
        for (i = 0; i < L2_BLOCK*ASSO; i = i + 1)begin
            valid_r[i] <= valid_w[i];
            cnt[i] <= nxt_cnt[i];
        end
    end
end

endmodule